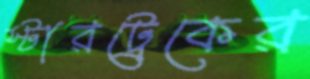
স্টারট্রেকের